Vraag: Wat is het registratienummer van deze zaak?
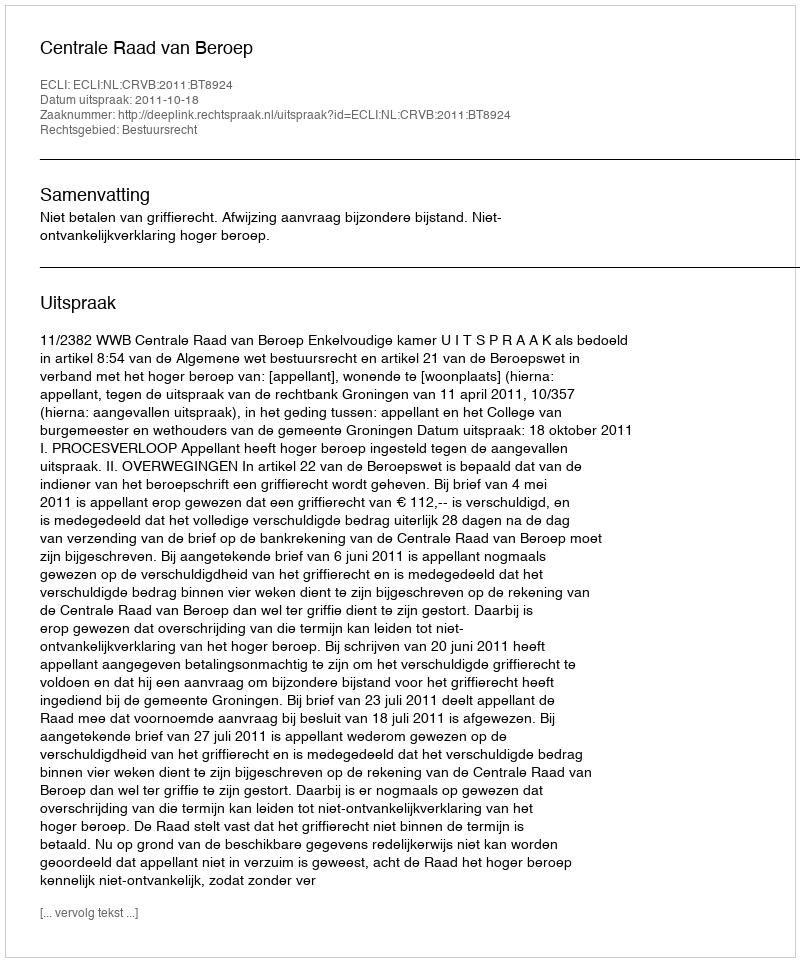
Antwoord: http://deeplink.rechtspraak.nl/uitspraak?id=ECLI:NL:CRVB:2011:BT8924